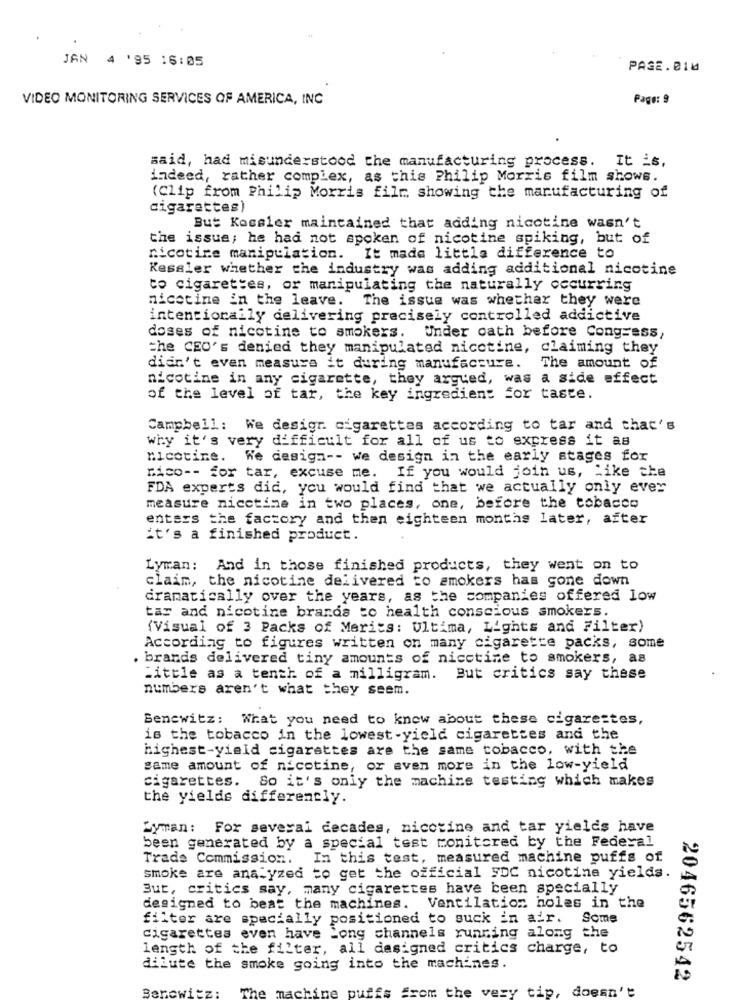
JAN 4 '95 16:05
PAGE.BIM
VIDEO MONITORING SERVICES OF AMERICA, INC
Page: 9
said, had misunderstood the manufacturing process. It is,
indeed, rather complex, as this Philip Morris film shows.
(Clip from Philip Morris filr, showing the manufacturing of
cigarettes)
But Kocsier maintained that adding nicotine wasn't
the issue; he had not spoken of nicotine spiking, but of
nicotine manipulation. It made littla difference to
Kessler whether the industry was adding additional nicotine
to cigarettes, or manipulating the naturally occurring
nicetine in the leave.
The issue was whether they were
intentionally delivering precisely controlled addictive
doses of nicotine to smokers. Under oath before Congress,
the CEO's denied they manipulated nicotine, claiming they
didn't even measure it during manufacture.
The amount of
nicotine in any cigarette, they argued, was a side effect
of the level of tar, the key ingredient for taste.
Campbell: We desigr. cigarettes according to tar and that's
why it's very difficult for all of us to express it as
nicotine. We design -- we design in the early stages for
"ico -- for tar, excuse me. If you would join us, Like the
FDA experts did, you would find that we actually only ever
measure nicetime in two places, one, before the tobacco
enters the factory and then eighteen months later, after
it's a finished product.
Lyman: And in those finished products, they went on to
claim, the nicotine delivered to smokers has gone down
dramatically over the years, as the companies offered low
tar and nicotine brands to health conscious smokers.
(Visual of 3 Packs of Merits: Ultima, Lights and Filter)
According to figures written on many cigarette packs, some
brands delivered tiny amounts of nicotine to smokers, as
Little as a tenth of a milligram. But critics say these
numbers aren't what they seem.
Bencwitz :
What you need to know about these cigarettes,
is the tobacco in the lowest-yield cigarettes and the
highest-yield cigarettes are the same tobacco, with the
same amount of nicotine, or even more in the low-yield
cigarettes. So it's only the machine testing which makes
the yields differently.
Lyman: For several decades, nicotine and tar yields have
been generated by a special test monitored by the Federal
Trade Commission.
In this test, measured machine puffs of
smoke are analyzed to get the official FDC nicotine yields.
But, critics say, many cigarettes have been specially
designed to beat the machines. Ventilation holes in the
filter are specially positioned to suck in air. Some
cigarettes even have Long channels running along the
length of the filter, all dasigned critics charge, to
dilute the smoke going into the machines.
2046562542
ine
from the very tip, doesn't
The